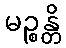
မဉ္စန္တိ